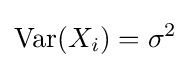
\operatorname {Var} (X_{i})=\sigma ^{2}